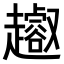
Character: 𧾝